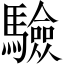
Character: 驗